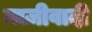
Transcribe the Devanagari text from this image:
नाज़ीवादी